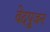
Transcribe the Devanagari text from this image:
वेदपूजन